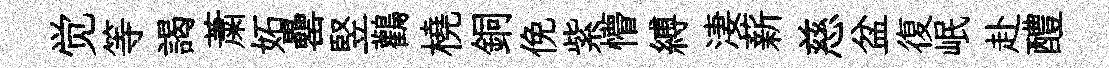
觉等謁䔥妬罍竪鸛橈銅俛紫懵縛淒薪慈盆復岷赴醴